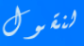
لنقول